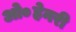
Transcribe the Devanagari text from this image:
ओ०हेनरी